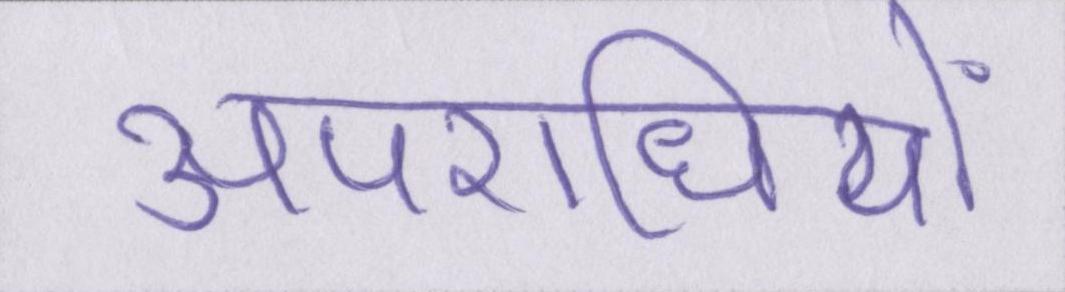
अपराधियों